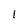
Character: 1